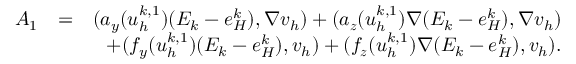
\begin{array} { r l r } { A _ { 1 } } & { = } & { ( \boldsymbol { a } _ { y } ( u _ { h } ^ { k , 1 } ) ( E _ { k } - e _ { H } ^ { k } ) , \nabla v _ { h } ) + ( \boldsymbol { a } _ { \boldsymbol { z } } ( u _ { h } ^ { k , 1 } ) \nabla ( E _ { k } - e _ { H } ^ { k } ) , \nabla v _ { h } ) } \\ & { } & { + ( f _ { y } ( u _ { h } ^ { k , 1 } ) ( E _ { k } - e _ { H } ^ { k } ) , v _ { h } ) + ( f _ { \boldsymbol { z } } ( u _ { h } ^ { k , 1 } ) \nabla ( E _ { k } - e _ { H } ^ { k } ) , v _ { h } ) . } \end{array}